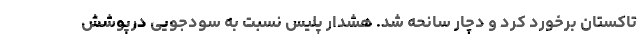
تاکستان برخورد کرد و دچار سانحه شد. هشدار پلیس نسبت به سودجویی درپوشش